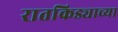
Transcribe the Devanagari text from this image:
रातकिड्याच्या